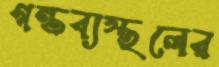
গন্তব্যস্থলের